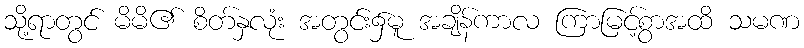
သို့ရာတွင် မိမိ၏ စိတ်နှလုံး အတွင်း၌မူ အချိန်ကာလ ကြာမြင့်စွာအထိ သမဏ